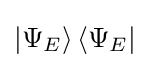
\left|\Psi _{E}\right\rangle \left\langle \Psi _{E}\right|